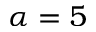
\alpha = 5